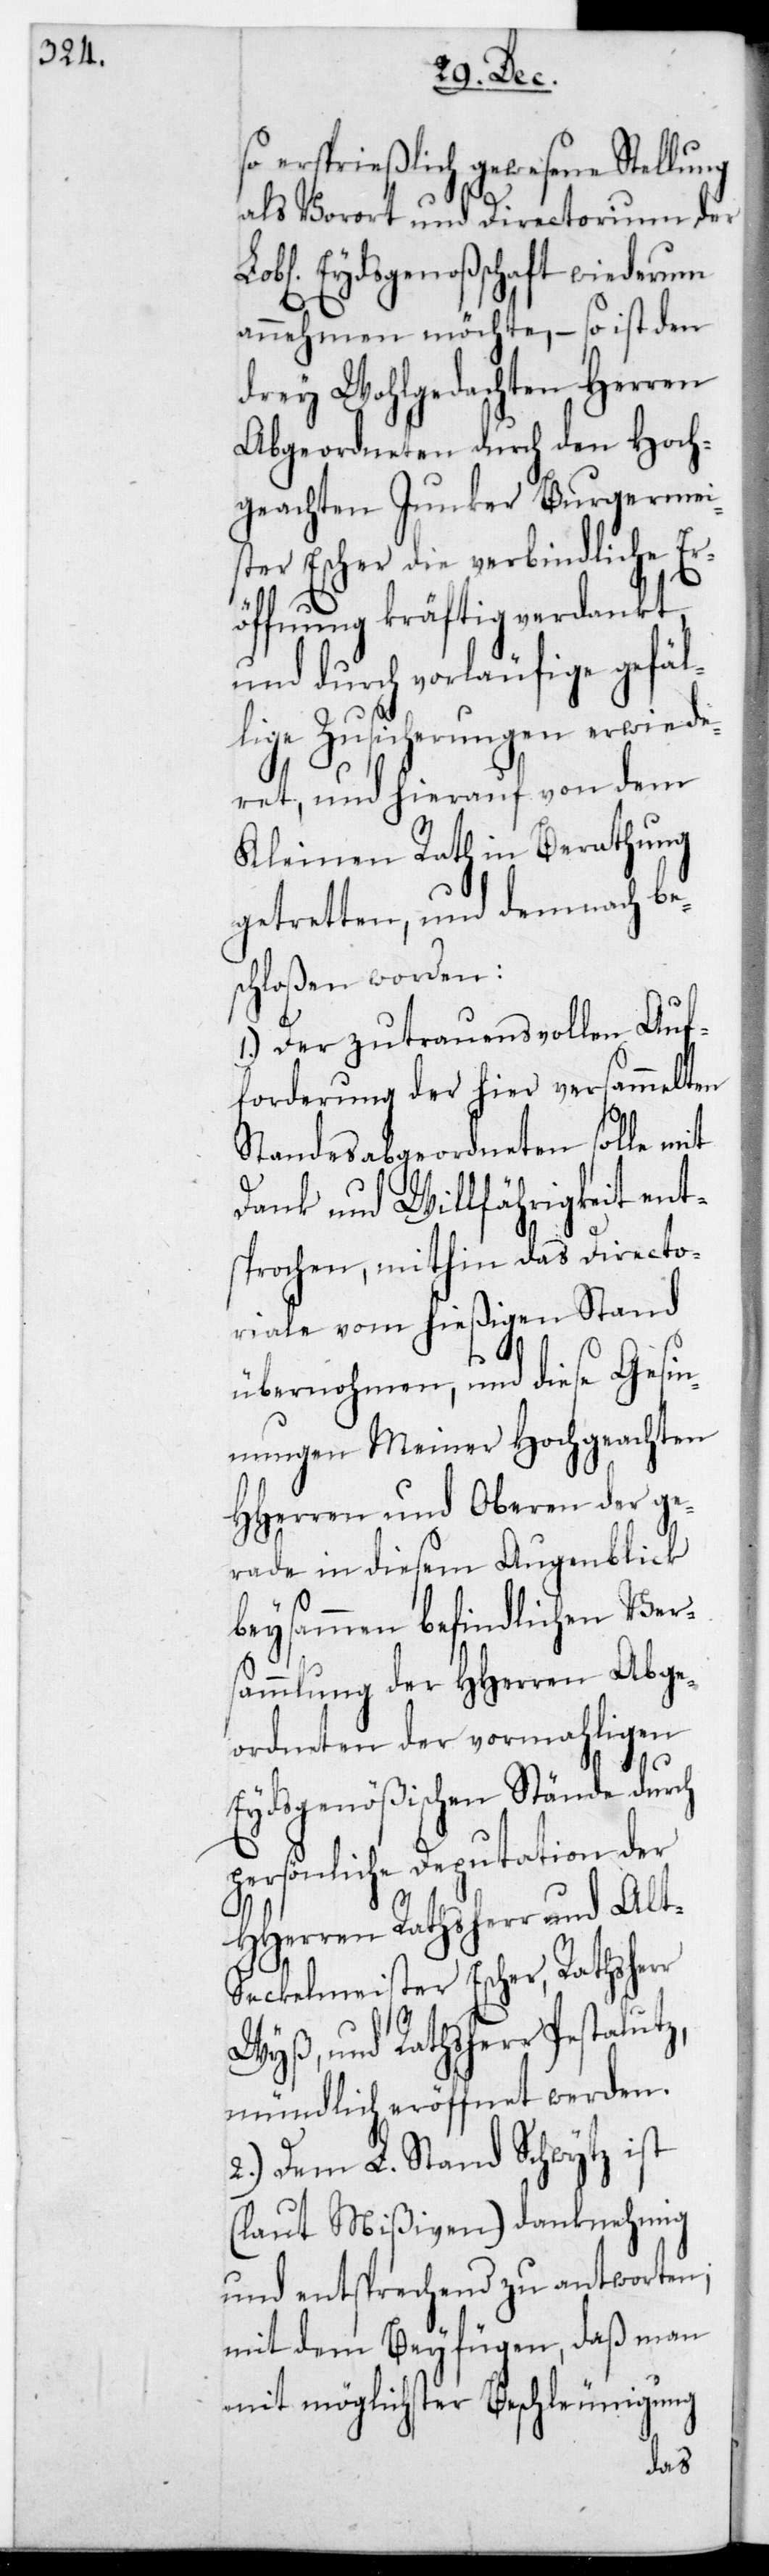
so ersprießlich gewesene Stellung
als Vorort und Directorium der
Lobl. Eydsgenoßenschaft wiederum
annehmen möchte, – so ist den
drey Wohlgedachten Herren
Abgeordneten durch den Hoch¬
geachten Junker Burgermei¬
ster Escher die verbindliche Er¬
öffnung kräftig verdankt
und durch vorläufige gefäl¬
lige Zusicherungen erwiede¬
ret, und hierauf von dem
Kleinen Rath in Berathung
getretten und demnach be¬
schloßen worden:
1.) Der zutrauensvollen Auf¬
forderung der hier versammelten
Standesabgeordneten solle mit
Dank und Willfährigkeit ents¬
prochen, mithin das Directo¬
riale vom hießigen Stand
übernommen, und diese Gesin¬
nungen meiner Hochgeachten
HHerren und Oberen der ge¬
rade in diesem Augenblick
beysammen befindlichen Ver¬
sammlung der HHerren Abge¬
ordneten der vormaligen
Eydsgenößischen Stände durch
persönliche Deputation der
HHerren Rathsherr und alt
Seckelmeister Escher, Rathsherr
Wyß und Rathsherr Pestaluz,
mündlich eröffnet werden.
2.) Dem L. Stand Schwytz ist
(laut Mißiven) danknehmig
und entsprechend zu antworten;
mit dem Beyfügen, daß man
mit möglichster Beschleunigung